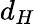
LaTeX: d_{H}